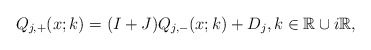
\begin{align*}Q_{j,+}(x ; k)=(I+ J)Q_{j,-}(x;k)+D_j, k \in \mathbb{R} \cup i\mathbb{R},\end{align*}